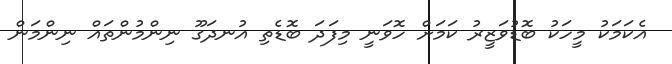
އެކަމަކު މީހަކު ބޮޑުވަޒީރު ކަމަށް ހޮވަނީ މިފަދަ ބޮޑެތި އުނދަގޫ ނިންމުންތައް ނިންމަން